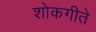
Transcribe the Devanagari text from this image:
शोकगीते